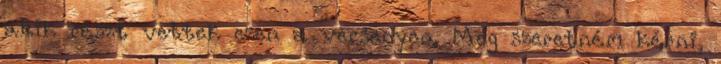
akik részt vettek ezen a versenyen. Meg szeretném kérni,